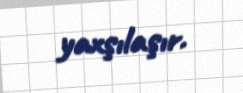
yaxşılaşır.